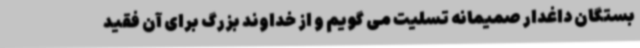
بستگان داغدار صمیمانه تسلیت می گویم و از خداوند بزرگ برای آن فقید